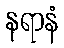
နရာနံ